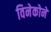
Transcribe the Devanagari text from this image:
विनेकोने